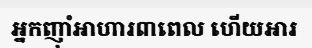
អ្នកញុាំអាហារ៣ពេល ហើយអារ